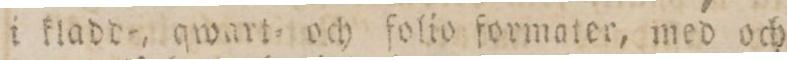
i kladde, qwart= och folio formater, med och